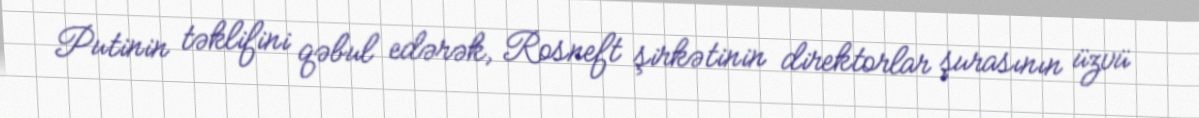
Putinin təklifini qəbul edərək, Rosneft şirkətinin direktorlar şurasının üzvü